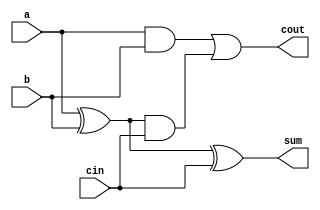
module full_adder(a,b,sum,cin,cout);

input a;
input b;
input cin;
output sum;
output cout;
wire tmp_sum, tmp1, tmp2;

xor xor0(tmp_sum,a,b);
xor xor1(sum,tmp_sum,cin);
and and0(tmp1,a,b);
and and0(tmp2,tmp_sum,cin);
or or0(cout,tmp1,tmp2);

endmodule